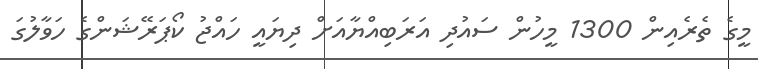
މީގެ ތެރެއިން 1300 މީހުން ސައުދި އަރަބިއްޔާއަށް ދިޔައީ ހައްޖު ކޯޕަރޭޝަންގެ ހަވާލުގަ